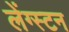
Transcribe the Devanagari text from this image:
लेंग्स्टन